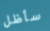
سأظل